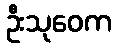
ဦးသုဝေက